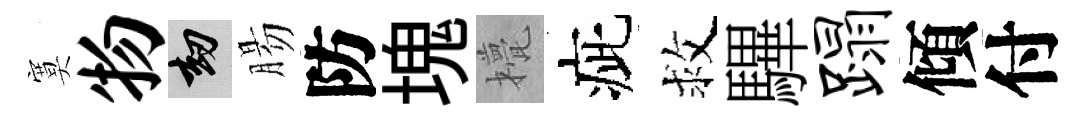
寞物劫腸防塊甍疵救驆蹋傾付